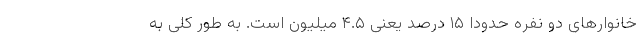
خانوارهای دو نفره حدودا ۱۵ درصد یعنی ۴.۵ میلیون است. به طور کلی به